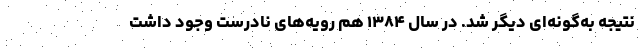
نتیجه به‌گونه‌ای دیگر شد. در سال ۱۳۸۴ هم رویه‌های نادرست وجود داشت